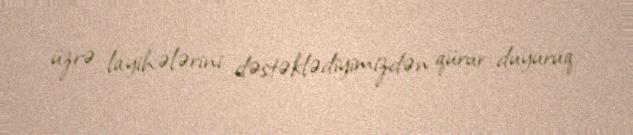
üzrə layihələrini dəstəklədiyimizdən qürur duyuruq.